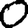
Digit: 0